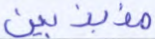
مذبذبين